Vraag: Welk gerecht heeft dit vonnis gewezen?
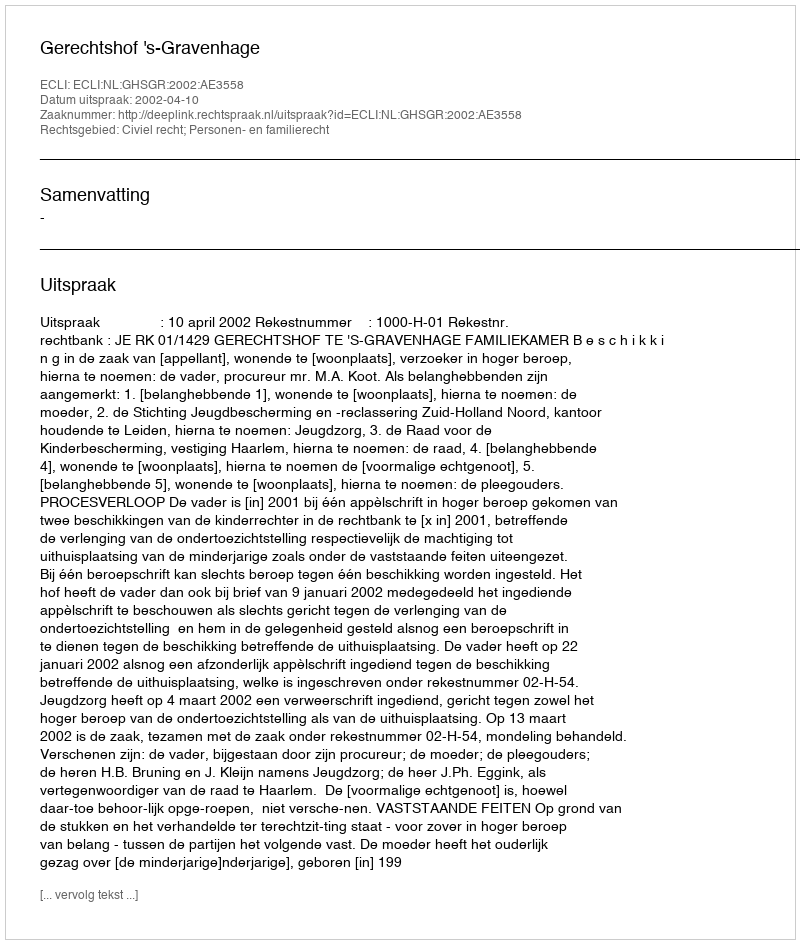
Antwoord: Gerechtshof 's-Gravenhage